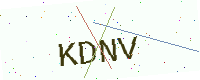
Text: KDNV